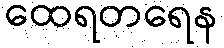
ထေရတရေန